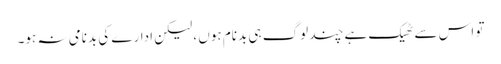
تو اس سے ٹھیک ہے چند لوگ ہی بدنام ہوں ، لیکن ادارے کی بدنامی نہ ہو۔